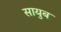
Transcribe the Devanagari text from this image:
सायुब